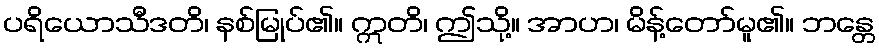
ပရိယောသီဒတိ၊ နစ်မြုပ်၏။ ဣတိ၊ ဤသို့။ အာဟ၊ မိန့်တော်မူ၏။ ဘန္တေ